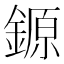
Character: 𨪛